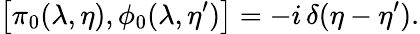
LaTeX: \left[\pi_{0}(\lambda,\eta),\phi_{0}(\lambda,\eta^{\prime})\right]=-i\, \delta(\eta-\eta^{\prime}).